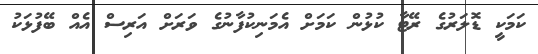
ކަމަކީ ޑޮލަރުގެ ރޭޓާ ކުޅުން ކަމަށް އެމަނިކުފާނުގެ ވަރަށް އަރިސް އެއް ބޭފުޅަކު